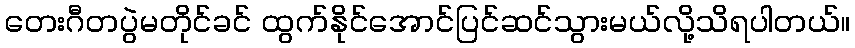
တေးဂီတပွဲမတိုင်ခင် ထွက်နိုင်အောင်ပြင်ဆင်သွားမယ်လို့သိရပါတယ်။